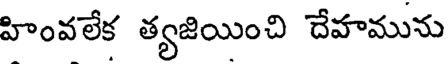
హింవలేక త్యజియించి దేహమును